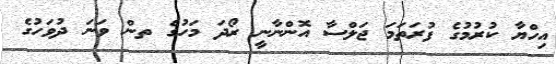
އިހްޔާ ކުރުމުގެ ފުރަތަމަ ޖަލްސާ އޮންނާނީ ރޯދަ މަހުގެ ތން ވަނަ ދުވަހުގެ